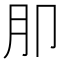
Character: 𭨤